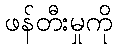
ဖန်တီးမှုကို